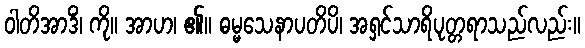
ဝါတိအာဒိံ၊ ကို။ အာဟ၊ ၏။ ဓမ္မသေနာပတိပိ၊ အရှင်သာရိပုတ္တရာသည်လည်း။